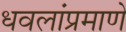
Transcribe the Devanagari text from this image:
धवलांप्रमाणे